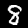
Digit: 8